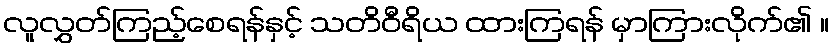
လူလွှတ်ကြည့်စေရန်နှင့် သတိဝီရိယ ထားကြရန် မှာကြားလိုက်၏ ။